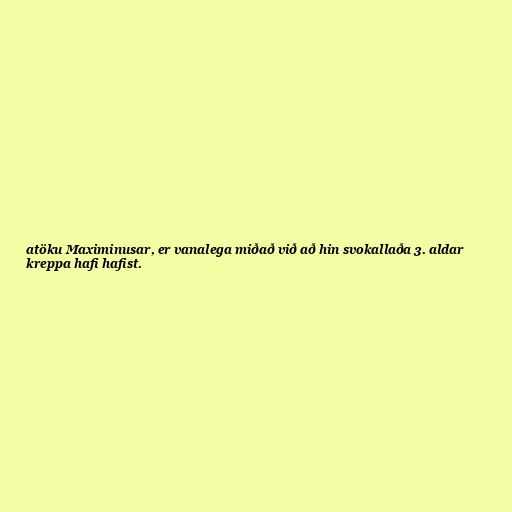
atöku Maximinusar, er vanalega miðað við að hin svokallaða 3. aldar
kreppa hafi hafist.